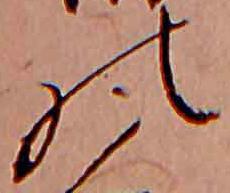
の